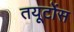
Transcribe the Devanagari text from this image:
तयूटोंस